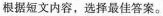
根据短文内容,选择最佳答案。